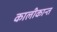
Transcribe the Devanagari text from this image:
कालीकान्त